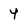
Character: 4